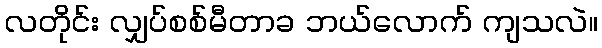
လတိုင်း လျှပ်စစ်မီတာခ ဘယ်လောက် ကျသလဲ။